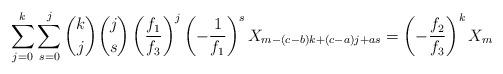
LaTeX: \begin{align*}\sum_{j = 0}^k {\sum_{s = 0}^j {\binom kj\binom js\left( {\frac{{f_1 }}{{f_3 }}} \right)^j\left( {-\frac{{1 }}{{f_1 }}} \right)^s X_{m - (c-b)k + (c - a)j + as } } } = \left(-\frac {f_2}{f_3}\right)^kX_m\end{align*}